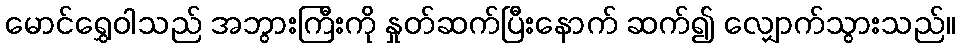
မောင်ရွှေဝါသည် အဘွားကြီးကို နှုတ်ဆက်ပြီးနောက် ဆက်၍ လျှောက်သွားသည်။